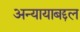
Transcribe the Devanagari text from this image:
अन्यायाबद्दल